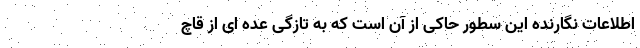
اطلاعات نگارنده این سطور حاکی از آن است که به تازگی عده ای از قاچ